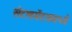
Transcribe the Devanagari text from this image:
सेटलमेंटसमध्ये